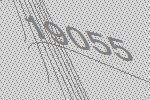
19055